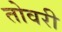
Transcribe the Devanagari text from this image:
तोवरी